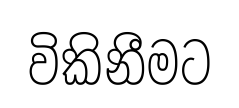
විකිනීමට